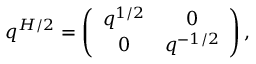
q ^ { H / 2 } = \left( \begin{array} { c c } { { q ^ { 1 / 2 } } } & { { 0 } } \\ { { 0 } } & { { q ^ { - 1 / 2 } } } \end{array} \right) ,